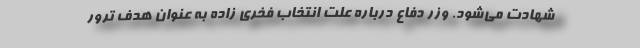
شهادت می‌شود. وزر دفاع درباره علت انتخاب فخری زاده به عنوان هدف ترور